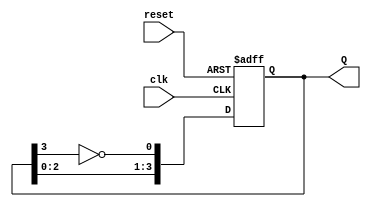
module johnson_counter #(
    parameter N = 4 // Number of flip-flops
)(
    input wire clk,       // Clock input
    input wire reset,     // Asynchronous reset
    output reg [N-1:0] Q // Output state of the counter
);

    // Always block for synchronous operation
    always @(posedge clk or posedge reset) begin
        if (reset) begin
            Q <= 0; // Reset all flip-flops to 0
        end else begin
            // Shift operation with feedback
            Q <= {Q[N-2:0], ~Q[N-1]}; // Shift left and invert the last bit for feedback
        end
    end

endmodule